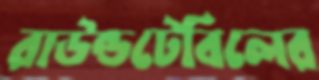
রাউন্ডটেবিলের